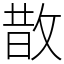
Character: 㪚